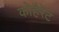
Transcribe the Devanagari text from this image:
कोहैरेंट